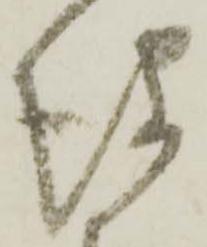
儀